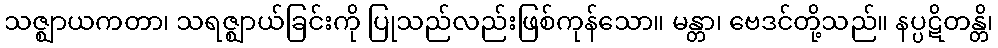
သဇ္ဈာယကတာ၊ သရဇ္ဈာယ်ခြင်းကို ပြုသည်လည်းဖြစ်ကုန်သော။ မန္တာ၊ ဗေဒင်တို့သည်။ နပ္ပဋိတန္တိ၊